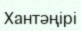
Хантәңірі